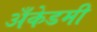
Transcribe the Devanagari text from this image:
अँकेडमी